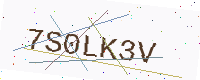
Text: 7S0LK3V